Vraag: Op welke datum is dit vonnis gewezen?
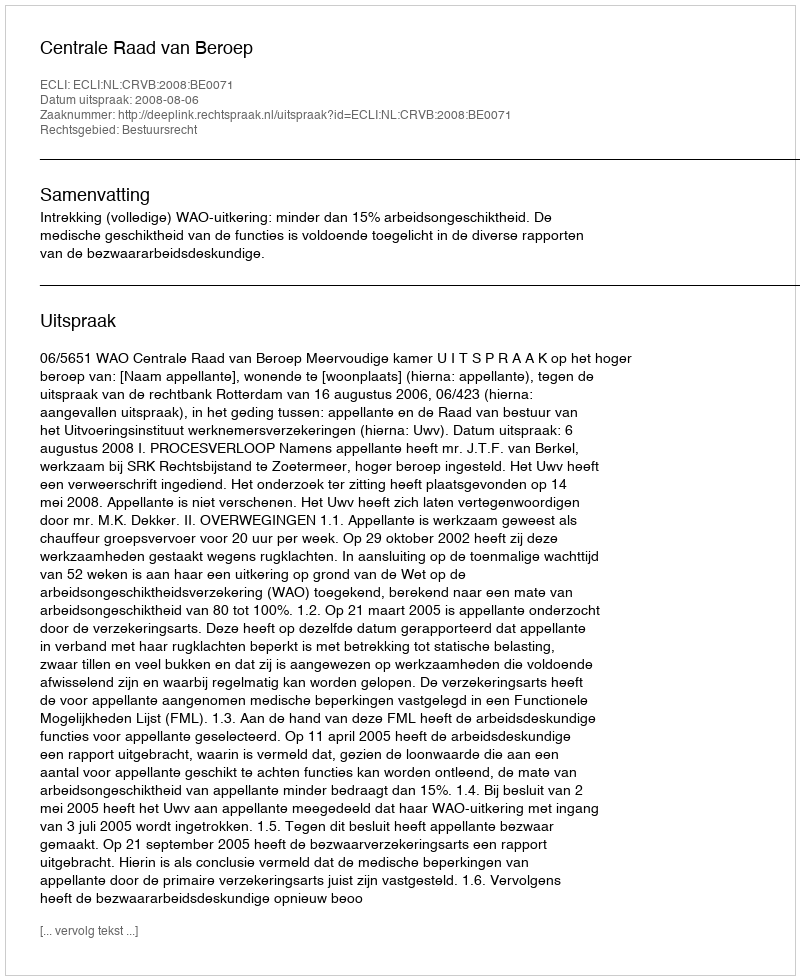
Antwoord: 2008-08-06